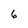
Character: 6